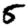
Digit: 5